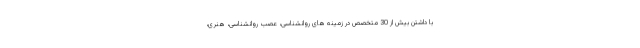
با داشتن بیش از 30 متخصص در زمینه های روانشناسی، عصب روانشناسی، هنری،